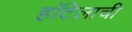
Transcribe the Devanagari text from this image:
हॉटेलाची